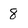
Character: 8